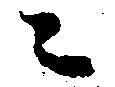
々